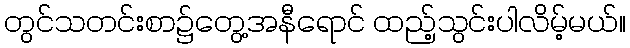
တွင်သတင်းစာ၌တွေ့အနီရောင် ထည့်သွင်းပါလိမ့်မယ်။